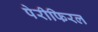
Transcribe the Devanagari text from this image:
पेरीफिरल